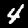
Digit: 4